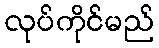
လုပ်ကိုင်မည်